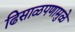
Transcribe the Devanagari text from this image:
ढिसाळपणामुळे